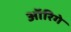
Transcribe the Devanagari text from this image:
ऑरिगे